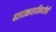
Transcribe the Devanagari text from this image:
बलात्काराविषयीची